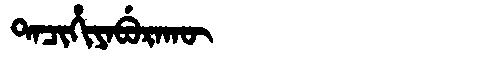
Manchu: ᡨᠠᠴᡳᡥᡳᠶᠠᠪᡠᡵᠠᡴᡡ
Romanization: TACIHIYABURAKŪ